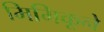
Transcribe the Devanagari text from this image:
मिमिकूने